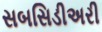
સબસિડીઅરી